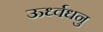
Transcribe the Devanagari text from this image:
ऊर्ध्वधनु